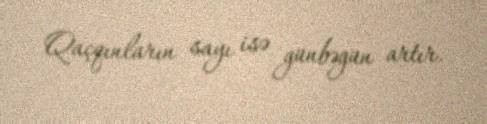
Qaçqınların sayı isə günbəgün artır.